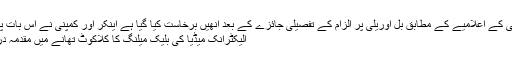
کمپنی کے اعلامیے کے مطابق بل اوریلی پر الزام کے تفصیلی جائزے کے بعد انھیں برخاست کیا گیا ہے اینکر اور کمپنی نے اس بات پرا...
الیکٹرانک میڈیا کی بلیک میلنگ کا کلاکوٹ تھانے میں مقدمہ درج !